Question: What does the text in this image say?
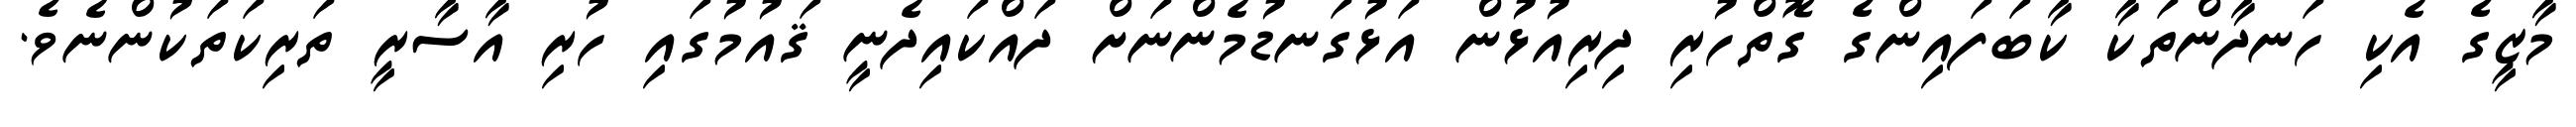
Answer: މާޒީގެ އެކި ހަނދާންތަކާ ކާބަފައިންގެ ގޮތްހުރި ދިރިއުޅުން އަޅުގަނޑުމެންނަށް ދައްކައިދެނީ ޤައުމުގައި ހުރި އާސާރީ ތަރިކަތަކުންނެވެ.